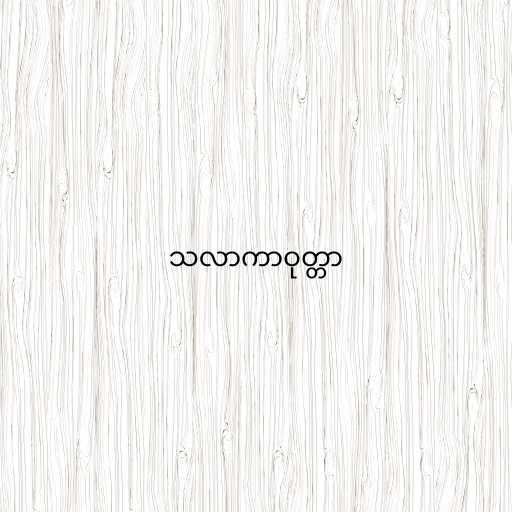
သလာကာဝုတ္တာ